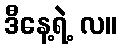
ဒီနေ့ရဲ့ လ။